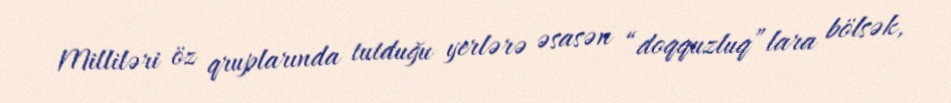
Milliləri öz qruplarında tutduğu yerlərə əsasən “doqquzluq”lara bölsək,